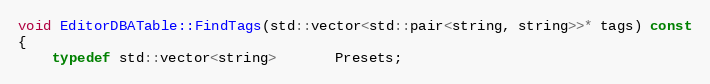
Language: C++
void EditorDBATable::FindTags(std::vector<std::pair<string, string>>* tags) const
{
	typedef std::vector<string>       Presets;